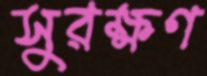
সুরক্ষণ